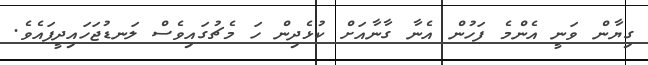
ގިޔާން ވަނީ އެންމެ ފަހުން އެނާ ގާނާއަށް ކުޅެދިން ހަ މެޗުގައިވެސް ލަނޑުޖަހައިދީފައެވެ.